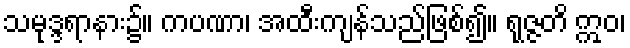
သမုဒ္ဒရာနား၌။ ကပဏာ၊ အထီးကျန်သည်ဖြစ်၍။ ရုဇ္ဇတိ ဣဝ၊